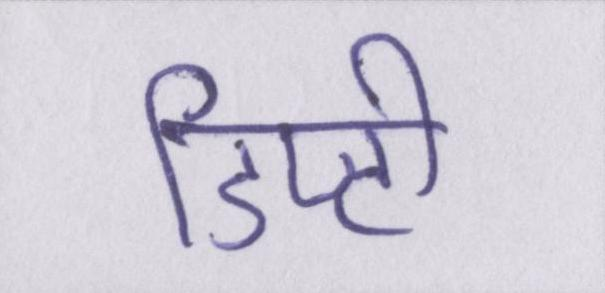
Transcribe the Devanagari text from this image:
डिप्टी